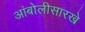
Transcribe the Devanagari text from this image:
आंबोलीसारखे